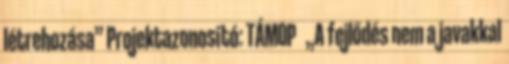
létrehozása” Projektazonosító: TÁMOP „A fejlődés nem a javakkal